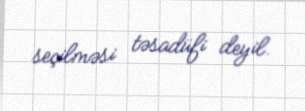
seçilməsi təsadüfi deyil.